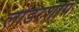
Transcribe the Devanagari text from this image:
लीडरशीप